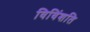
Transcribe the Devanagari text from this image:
विविंशति